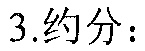
3.约分：